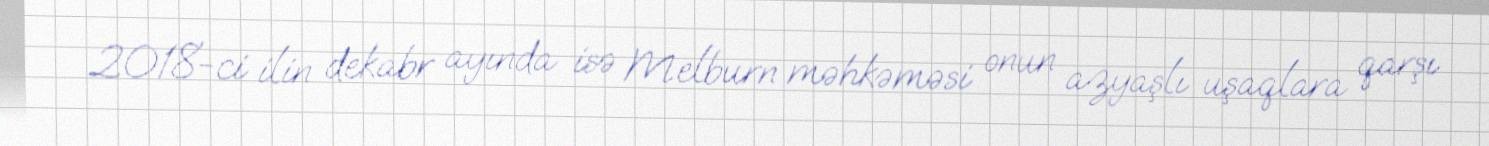
2018-ci ilin dekabr ayında isə Melburn məhkəməsi onun azyaşlı uşaqlara qarşı